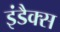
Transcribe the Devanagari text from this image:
इंडैक्स